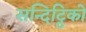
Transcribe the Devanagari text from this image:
सन्दिट्ठिको